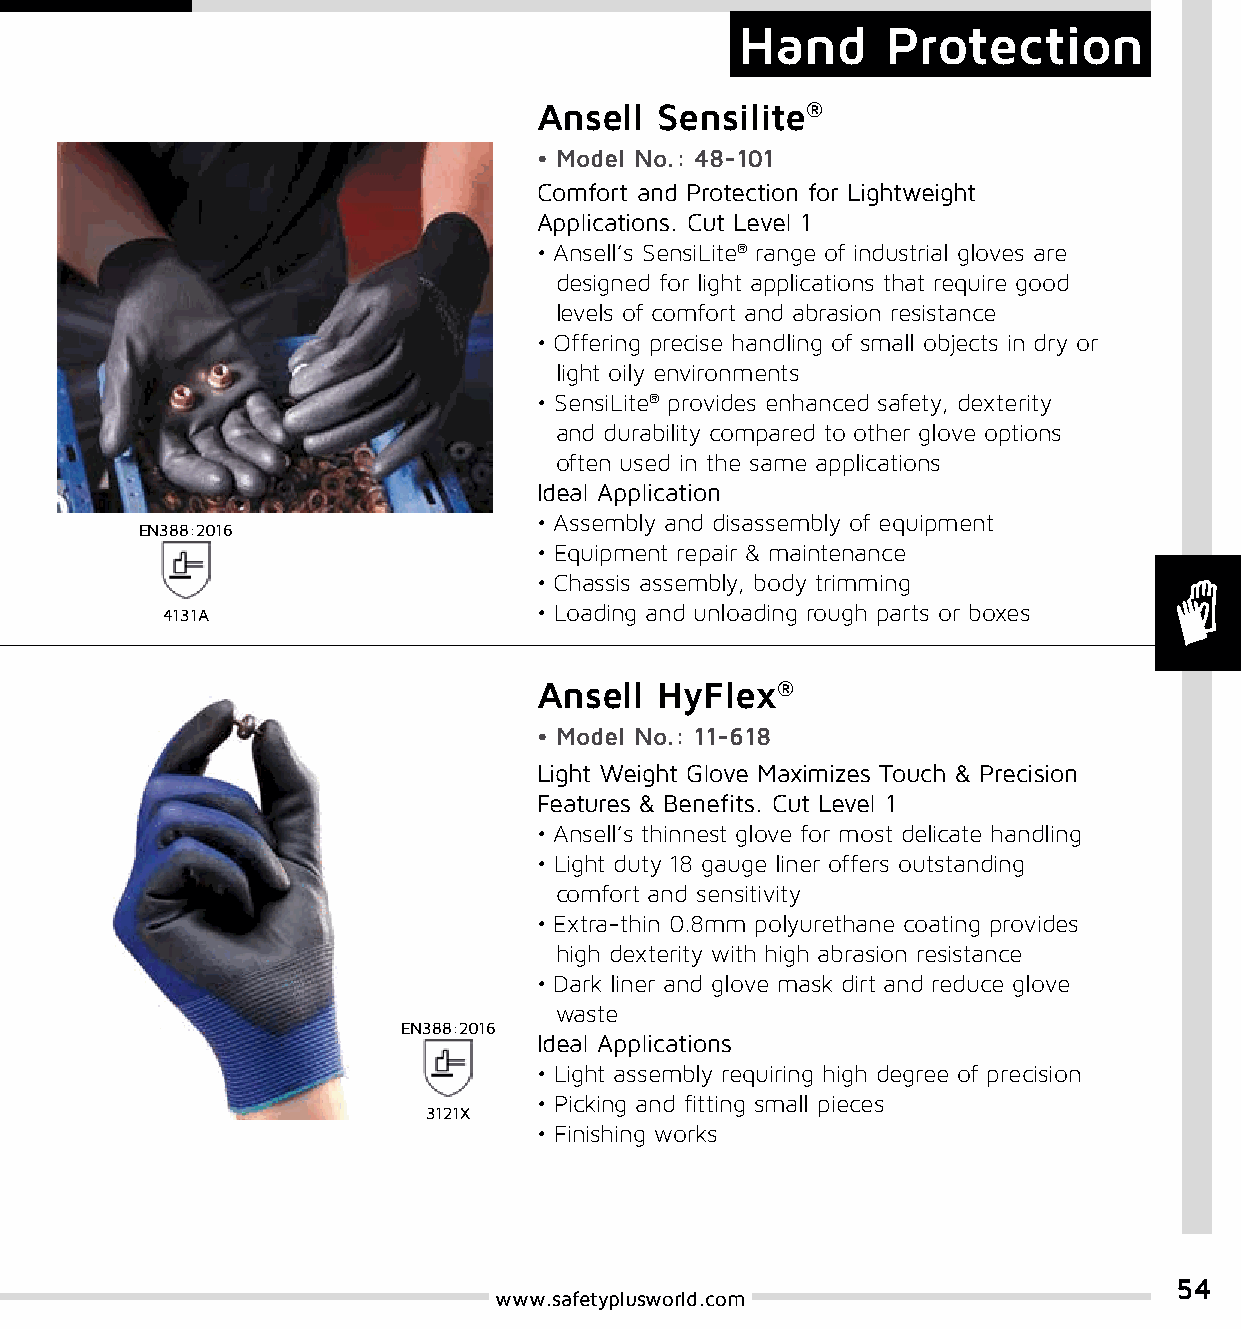
Hand      Protection
 Ansell Sensilite®
 • Model No.: 48-101
 Comfort and Protection for Lightweight
 Applications. Cut Level 1
 • Ansell’s SensiLite® range of industrial gloves are
 designed for light applications that require good
 levels of comfort and abrasion resistance
 • Offering precise handling of small objects in dry or
 light oily environments
 • SensiLite® provides enhanced safety, dexterity
 and durability compared to other glove options
 often used in the same applications
 Ideal Application
 • Assembly and disassembly of equipment
 EN388:2016
 • Equipment repair & maintenance
 • Chassis assembly, body trimming
 • Loading and unloading rough parts or boxes
 4131A
 Ansell HyFlex®
 • Model No.: 11-618
 Light Weight Glove Maximizes Touch & Precision
 Features & Benefits. Cut Level 1
 • Ansell’s thinnest glove for most delicate handling
 • Light duty 18 gauge liner offers outstanding
 comfort and sensitivity
 • Extra-thin 0.8mm polyurethane coating provides
 high dexterity with high abrasion resistance
 • Dark liner and glove mask dirt and reduce glove
 waste
 EN388:2016
 Ideal Applications
 • Light assembly requiring high degree of precision
 • Picking and fitting small pieces
 3121X
 • Finishing works
 54
 www.safetyplusworld.com